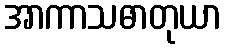
အာကာသဓာတုယာ